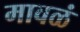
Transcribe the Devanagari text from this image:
मावळं